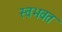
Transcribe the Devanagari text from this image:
स्वभवत